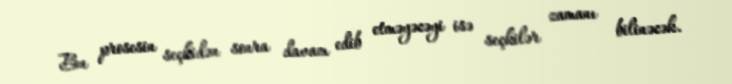
Bu prosesin seçkidən sonra davam edib etməyəcəyi isə seçkilər zamanı bilinəcək.